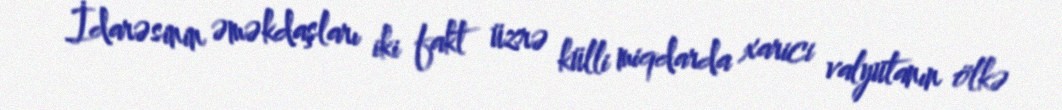
İdarəsinin əməkdaşları iki fakt üzrə külli miqdarda xarici valyutanın ölkə